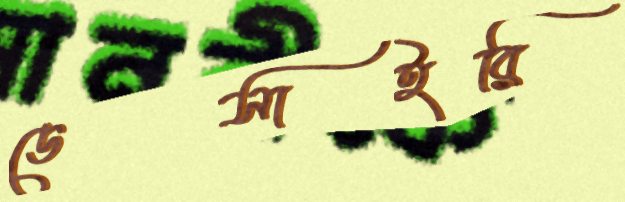
ডেসাইরি